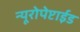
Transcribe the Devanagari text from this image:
न्यूरोपेप्टाईड